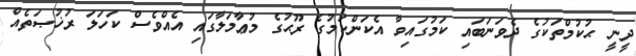
ދީނީ ޙުކުމްތަކުގެ ދެވަނަބައި ކަމުގައިވާ އެކަންކަމުގެ ރޫޙުގެ މުޢާމަލާގައި އެއްވެސް ކަަހަލަ ރުޚުޞަތެއް